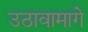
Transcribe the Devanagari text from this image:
उठावामागे